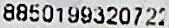
8850199320722